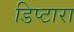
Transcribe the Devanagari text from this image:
डिप्टारा